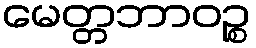
မေတ္တဘာဝဉ္စ